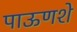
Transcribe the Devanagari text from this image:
पाऊणशे